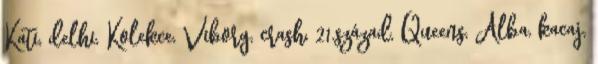
Kati, delhi, Kolekce, Viborg, crash, 21.század, Queens, Alba, kacaj,